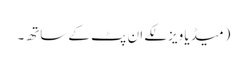
(میڈیا ویزلکے ان پٹ کے ساتھ۔